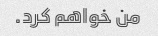
من خواهم کرد.